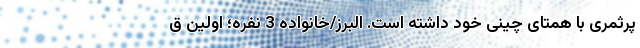
پرثمری با همتای چینی خود داشته است. البرز/خانواده 3 نفره؛ اولین ق